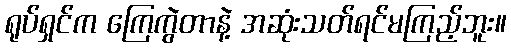
ရုပ်ရှင်က ကြေကွဲတာနဲ့ အဆုံးသတ်ရင်မကြည့်ဘူး။